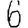
Digit: 6